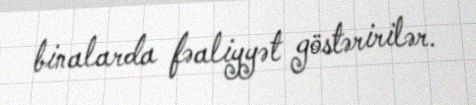
binalarda fəaliyyət göstəririlər.